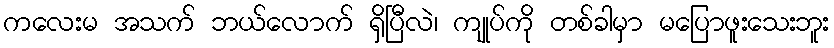
ကလေးမ အသက် ဘယ်လောက် ရှိပြီလဲ၊ ကျုပ်ကို တစ်ခါမှာ မပြောဖူးသေးဘူး